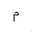
Letter: _mim